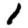
Digit: 1